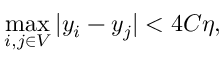
\operatorname* { m a x } _ { i , j \in V } | y _ { i } - y _ { j } | < 4 C \eta ,